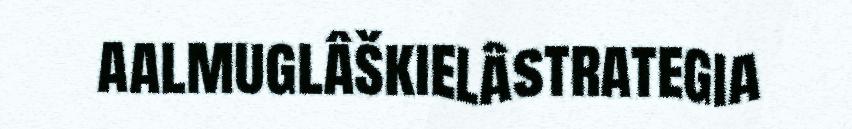
aalmuglâškielâstrategia